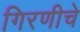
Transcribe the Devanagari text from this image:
गिरणीचे